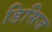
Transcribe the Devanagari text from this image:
डिसिज